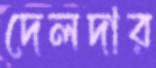
দেলদার